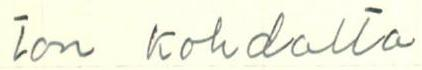
ton kohdalta